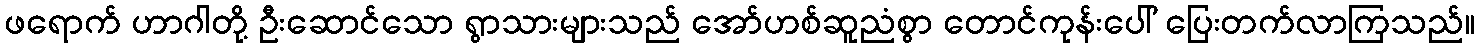
ဖရောက် ဟာဂါတို့ ဦးဆောင်သော ရွာသားများသည် အော်ဟစ်ဆူညံစွာ တောင်ကုန်းပေါ် ပြေးတက်လာကြသည်။